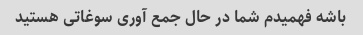
باشه فهمیدم شما در حال جمع آوری سوغاتی هستید